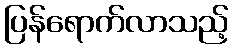
ပြန်ရောက်လာသည့်